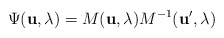
\begin{align*}\Psi ({\bf u}, \lambda) = M ({\bf u}, \lambda) M^{-1} ({\bf u'}, \lambda) \end{align*}